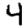
Digit: 4